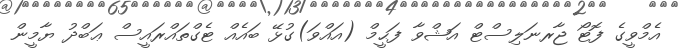
އެމްވީގެ ފޮޓޯ ޖާރނަލިސްޓް އަޝްވާ ފަޙީމް (އައްވަ)ގުޅޭ ބައެއް ޓެގްތައްރައީސް ޢަބްދު ޔާމީން